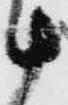
十